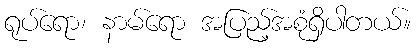
ရုပ်ရော၊ နာမ်ရော အပြည့်အစုံရှိပါတယ်။